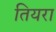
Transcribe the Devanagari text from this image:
तियरा